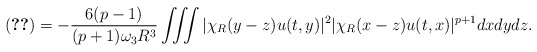
\begin{align*}\eqref{term-4-1} = -\frac{6(p-1)}{(p+1)\omega_3 R^3} \iiint |\chi_R(y-z) u(t,y)|^2 |\chi_R(x-z) u(t,x)|^{p+1} dxdydz. \end{align*}